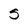
Character: S